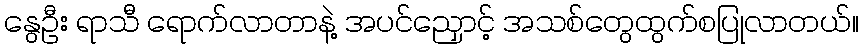
နွေဦး ရာသီ ရောက်လာတာနဲ့ အပင်ညှောင့် အသစ်တွေထွက်စပြုလာတယ်။